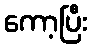
ကော့ပြီး